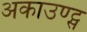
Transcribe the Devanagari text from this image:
अकाउण्ट्स